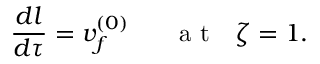
\frac { d l } { d \tau } = v _ { f } ^ { ( 0 ) } ~ ~ ~ ~ ~ \mathrm { ~ a ~ t ~ } ~ ~ \zeta = 1 .